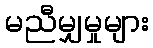
မညီမျှမှုများ